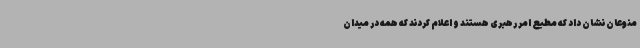
منوعان نشان داد که مطیع امر رهبری هستند و اعلام کردند که همه در میدان